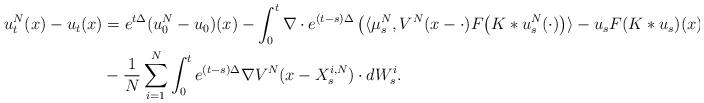
LaTeX: \begin{align*}u^N_{t}(x) - u_{t}(x) &= e^{t\Delta} (u^N_{0} - u_{0})(x) - \int_{0}^t \nabla \cdot e^{(t-s)\Delta } \left( \langle \mu_s^N, V^N (x-\cdot) F\big( K\ast u^N_s (\cdot)\big) \rangle - u_{s} F(K\ast u_s) (x) \right) \, ds\\&- \frac{1}{N} \sum_{i=1}^N \int_0^t e^{(t-s)\Delta} \nabla V^N (x-X_s^{i,N})\cdot dW^i_s .\end{align*}